Civil Veterinary Department Bengal reports 1933-51 - 1933-1951
Year: 1933
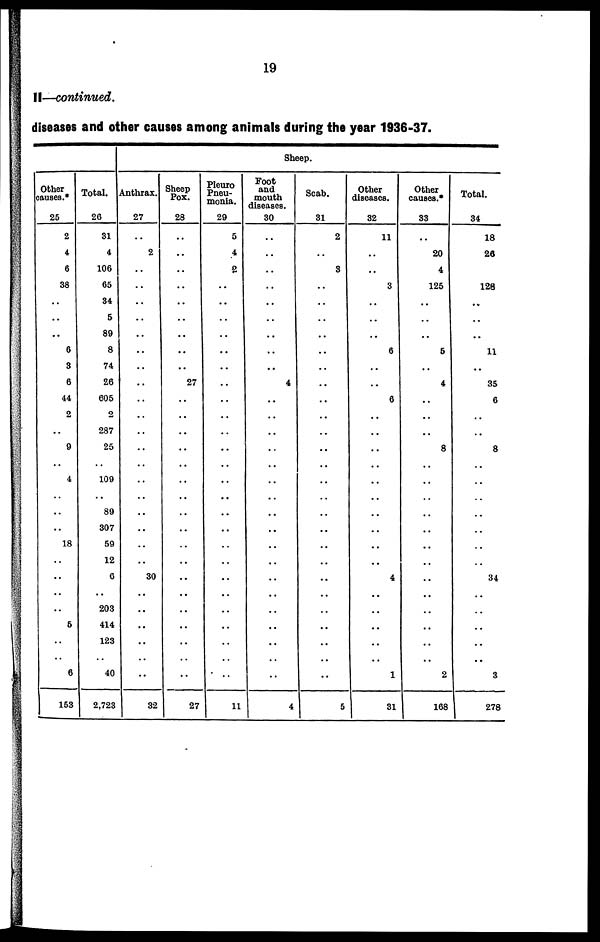
II—continued.
diseases and other causes among animals during the year 1936-37.
Other
causes.*
25
2
4
6
38
..
..
..
6
3
6
44
2
9
..
4
..
..
..
18
..
..
..
..
5
..
..
6
153
Total.
26
31
4
106
65
34
5
89
8
74
26
605
2
287
25
..
109
..
89
307
59
12
6
..
203
414
123
..
40
2,723
Sheep.
Anthrax.
27
..
2
..
..
..
..
..
..
..
..
..
..
..
..
..
..
..
..
..
..
..
30
..
..
..
..
..
..
32
Sheep
Pox.
28
..
..
..
..
..
..
..
..
..
27
..
..
..
..
..
..
..
..
..
..
..
..
..
..
..
..
..
..
27
Pleuro
Pneu-
monia.
29
5
4
2
..
..
..
..
..
..
..
..
..
..
..
..
..
..
..
..
..
..
..
..
..
..
..
..
..
11
Foot
and
mouth
diseases.
30
..
..
..
..
..
..
..
..
..
4
..
..
..
..
..
..
..
..
..
..
..
..
..
..
..
..
..
..
4
Scab.
31
2
..
3
..
..
..
..
..
..
..
..
..
..
..
..
..
..
..
..
..
..
..
..
..
..
..
..
..
5
Other
diseases.
32
11
..
..
3
..
..
..
6
..
..
6
..
..
..
..
..
..
..
..
..
..
4
..
..
..
..
..
1
31
Other
causes.*
33
..
20
4
125
..
..
..
5
..
4
..
..
..
8
..
..
..
..
..
..
..
..
..
..
..
..
..
2
168
Total.
34
18
26
128
..
..
..
11
..
35
6
..
..
8
..
..
..
..
..
..
..
34
..
..
..
..
..
3
278